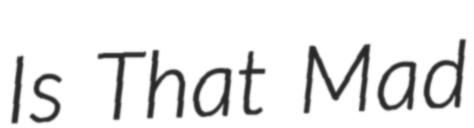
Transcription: Is That Mad